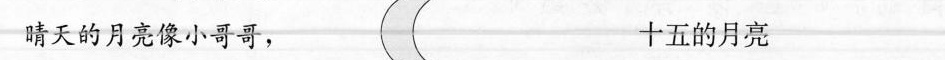
晴天的月亮像小哥哥，十五的月亮